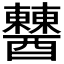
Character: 𨣹